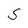
Character: S